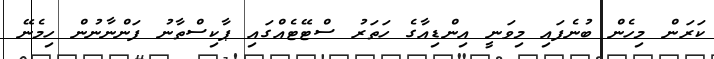
ކަރަން މިހެން ބުނެފައި މިވަނީ އިންޑިއާގެ ހަތަރު ސްޓޭޓެއްގައި ޕާކިސްތާނު ފަންނާނުން ހިމެނޭ